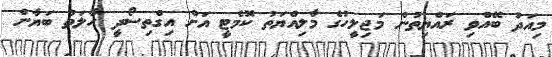
މިއަދު ބޭއްވި ރައްޔިތުން މަޖިލީހުގެ މާލިއްޔަތު ކޮމެޓީ އަށް އިގްތިސޯދީ ހާލަތު ބަޔާން